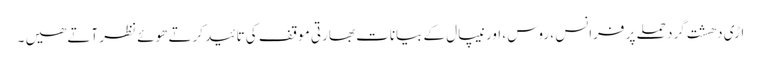
اڑی دھشت گرد حملے پر فرانس ، روس ، اور نیپال کے بیانات بھارتی موقف کی تائید کرتے ھوئے نظر آتے ھیں ۔